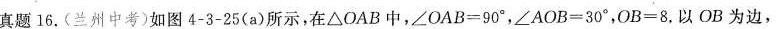
真题16.(兰州中考)如图4-3-25(a)所示，在△OAB中，$$∠ O A B = 9 0 °$$，$$∠ A O B = 3 0 °$$，$$O B = 8$$.以OB为边，